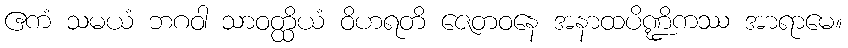
ဧကံ သမယံ ဘဂဝါ သာဝတ္ထိယံ ဝိဟရတိ ဇေတဝနေ အနာထပိဏ္ဍိကဿ အာရာမေ။